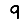
Digit: 9